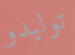
توليدو